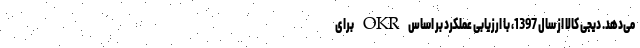
می‌دهد. دیجی کالا از سال 1397، با ارزیابی عملکرد بر اساس OKR برای